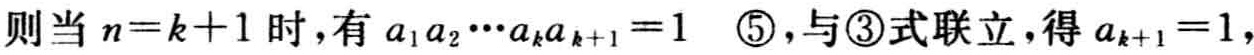
则当 \(n = k + 1\) 时，有 \(a_{1}a_{2}\cdots a_{k}a_{k + 1} = 1\)  \textcircled{5}，与\textcircled{3}式联立，得 \(a_{k + 1} = 1\)，